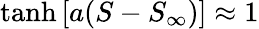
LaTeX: \operatorname{tanh}{\left[a(S-S_{\infty})\right]}\approx 1